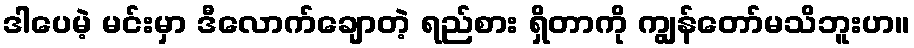
ဒါပေမဲ့ မင်းမှာ ဒီလောက်ချောတဲ့ ရည်စား ရှိတာကို ကျွန်တော်မသိဘူးဟ။